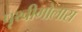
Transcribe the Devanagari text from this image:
पृथ्वीगोलास